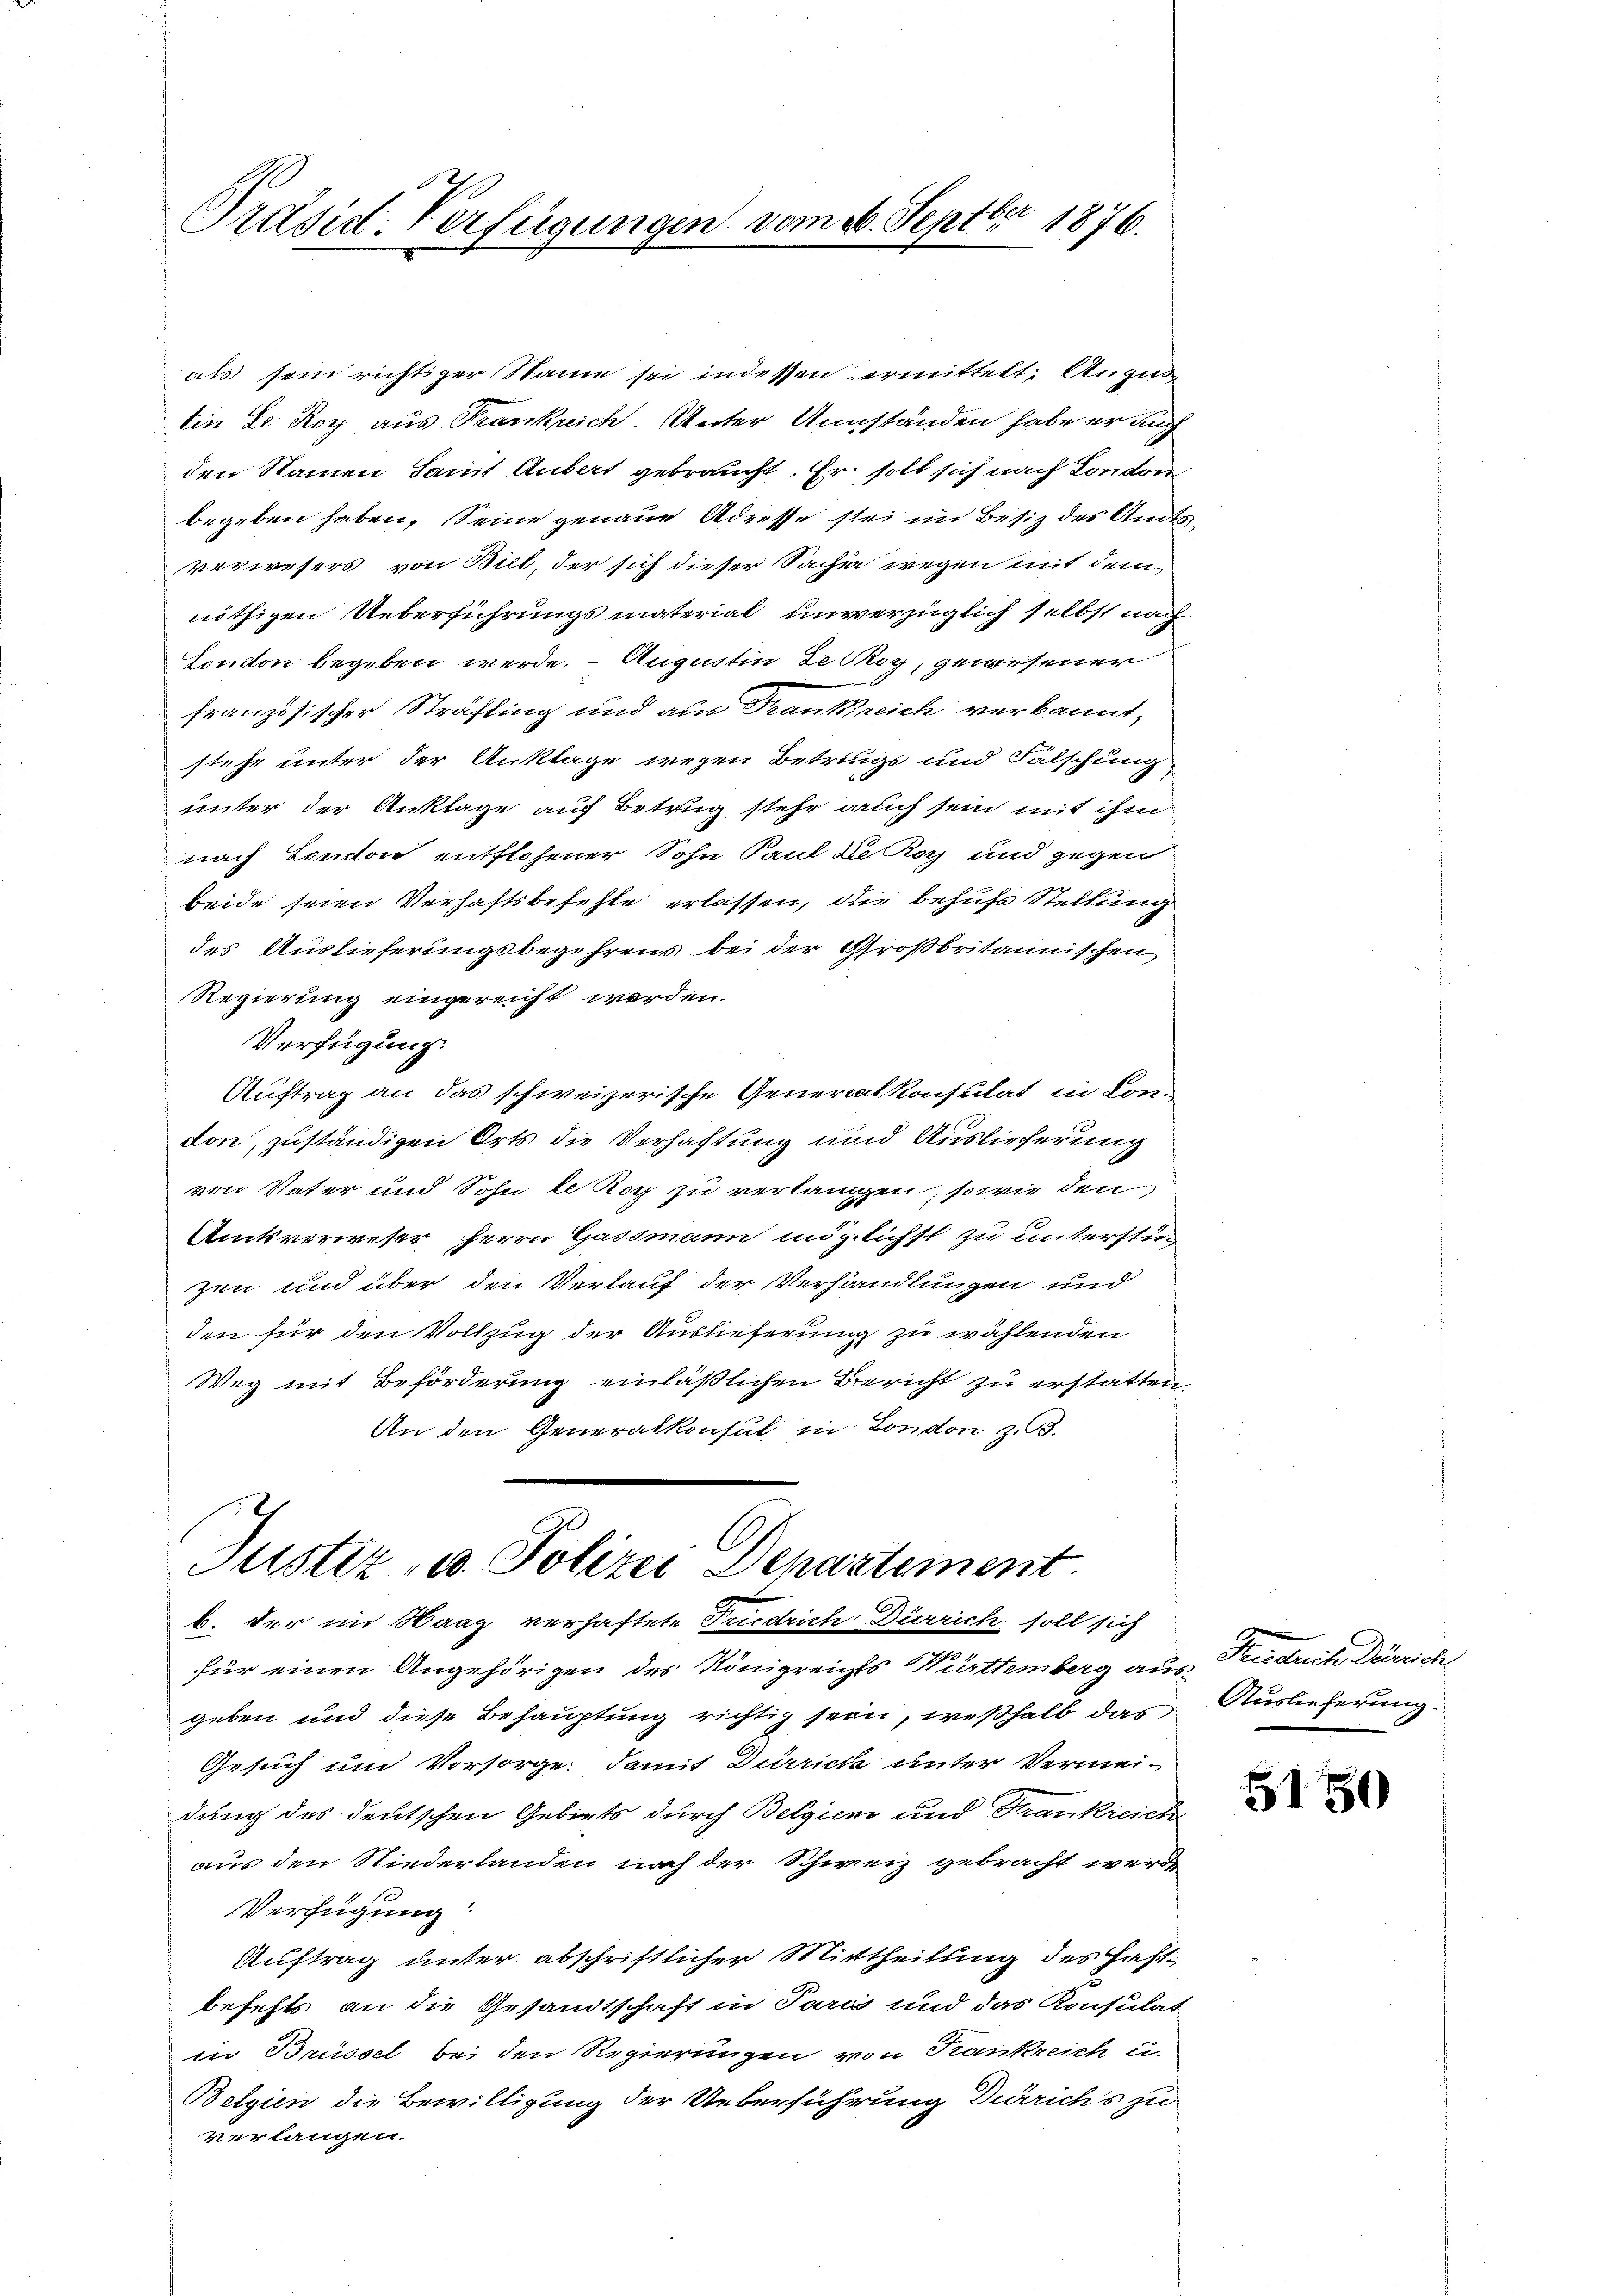
Präsid. Verfügungen vom 26. Septbr 1876.

als sein richtiger Name sei indessen ermittelt: Anzu¬
Ein ze Roy aus Frankreich. Unter Umständen habe er auch
den Namen Samit Aubert gebraucht. Er soll sich nach London
begeben haben, Seine genaue Adresse stei im Besiz des Amtsverwesers von Biel, der sich dieser Sachen wegen mit dem
nöthigen Ueberführungsmaterial unverzüglich selbst nach
Sondon begeben werde. Augustin de Skig, gewesener
französischer Sträfling und aus Frankreich verkannt,
stehe unter der Anklage wegen Betrings und Fälschung
unter der Anklage auf Betrug stehe auch sein mit ihm
nach London entflohener Sohn Paul de Roy und gegen
beide seien Verhaftsbefehle erlassen, die behufs Stellung
des Auslieferungsbegehrens bei der Großbritannischen
Regierung eingereicht werden.
Verfügung.
Auftrag an das schweizerische Generalkonsulat in Con-
don, zuständigen Orts die Verhaftung und Auslieferung
von Vater und Sohn le Koch zu verlangen, sowie den
Amtsverweser Herrn Gassmann möglichst zu unterstüzen und über den Verlauf der Verhandlungen und
den für den Vollzug der Auslieferung zu wählenden
Weg mit Beförderung einläßlichen Bericht zu erstatten,
An den Generalkonsul in London z. B.
Justiz- u. Polizei Departement.
b. der im Staag verhaftete Friedrich Dürrich soll sich
für einen Angehörigen des Königreichts Württemberg aus Triedrich Dürrich
geben und diese Behauptung richtig sein, weßhalb das
Gesuch um Vorsorge. Damit Dürrich unter Vermeidung des deutschen Gebiets durch Belgien und Frankreich
aus den Niederlanden nach der Schweiz gebracht werden
Verfügung
Auftrag unter abschriftlicher Mittheilung des Hastbefehls an die Gesandtschaft in Paris und das Konsulat
in Brüssel bei den Regierungen von Krankreich u.
Belgien die Bewilligung der Ueberführung Dürrichs zu
verlangen.

Auslieferung.

5150